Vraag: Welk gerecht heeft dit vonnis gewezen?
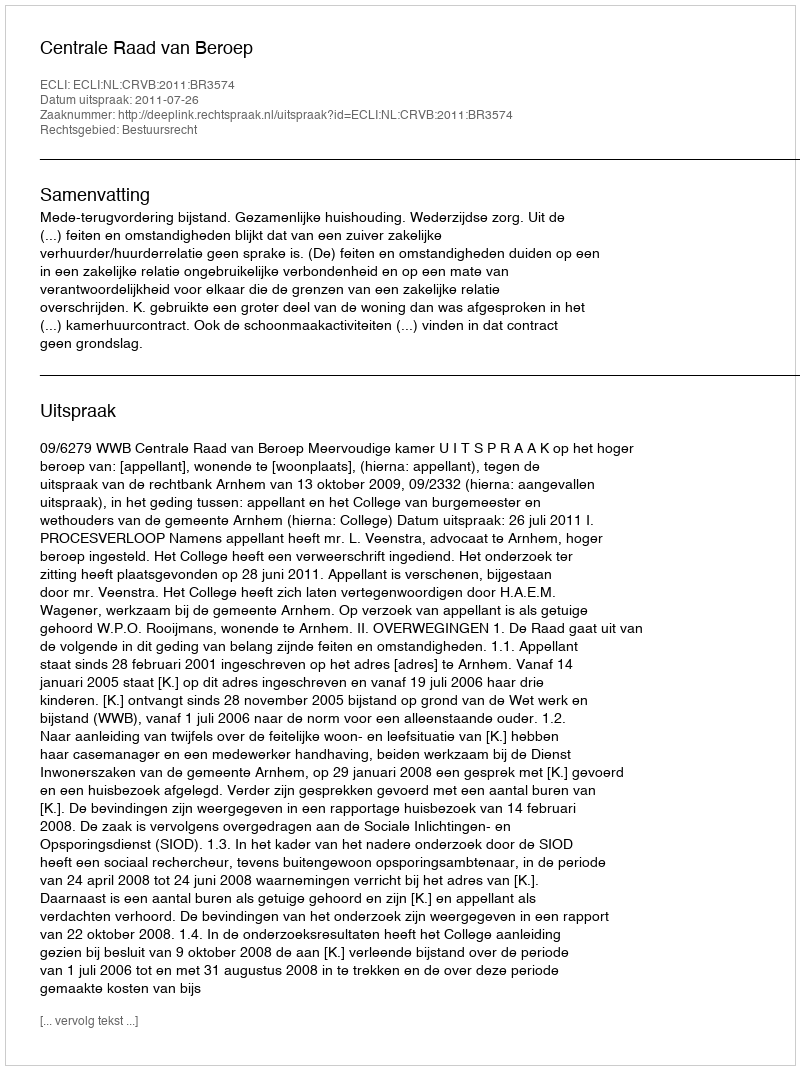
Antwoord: Centrale Raad van Beroep